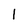
Character: 1